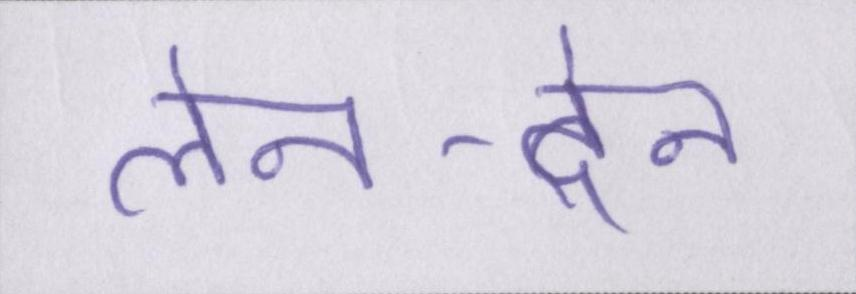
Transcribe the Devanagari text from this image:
लेन-देन